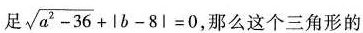
足 $$\sqrt{a^{2}-36}+|b-8|=0$$ 那么这个三角形的